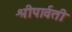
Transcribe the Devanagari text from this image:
श्रीपार्वती